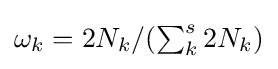
{\textstyle \omega _{k}=2N_{k}/(\sum _{k}^{s}2N_{k})}